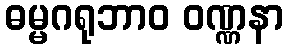
ဓမ္မဂရုဘာဝ ဝဏ္ဏနာ